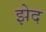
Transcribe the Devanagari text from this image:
झेद